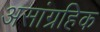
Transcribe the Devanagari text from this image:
असांग्रहिक